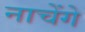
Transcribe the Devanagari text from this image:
नाचेंगे